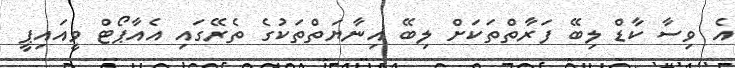
އެ ވިސާ ކާޑް ލިބޭ ފަރާތްތަކަށް ލިބޭ އިނާޔަތްތަކުގެ ތެރޭގައި އެއާޕޯޓް ވީއައިޕީ